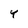
Character: Y